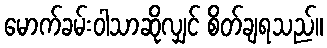
မောက်ခမ်းဝါသာဆိုလျှင် စိတ်ချရသည်။